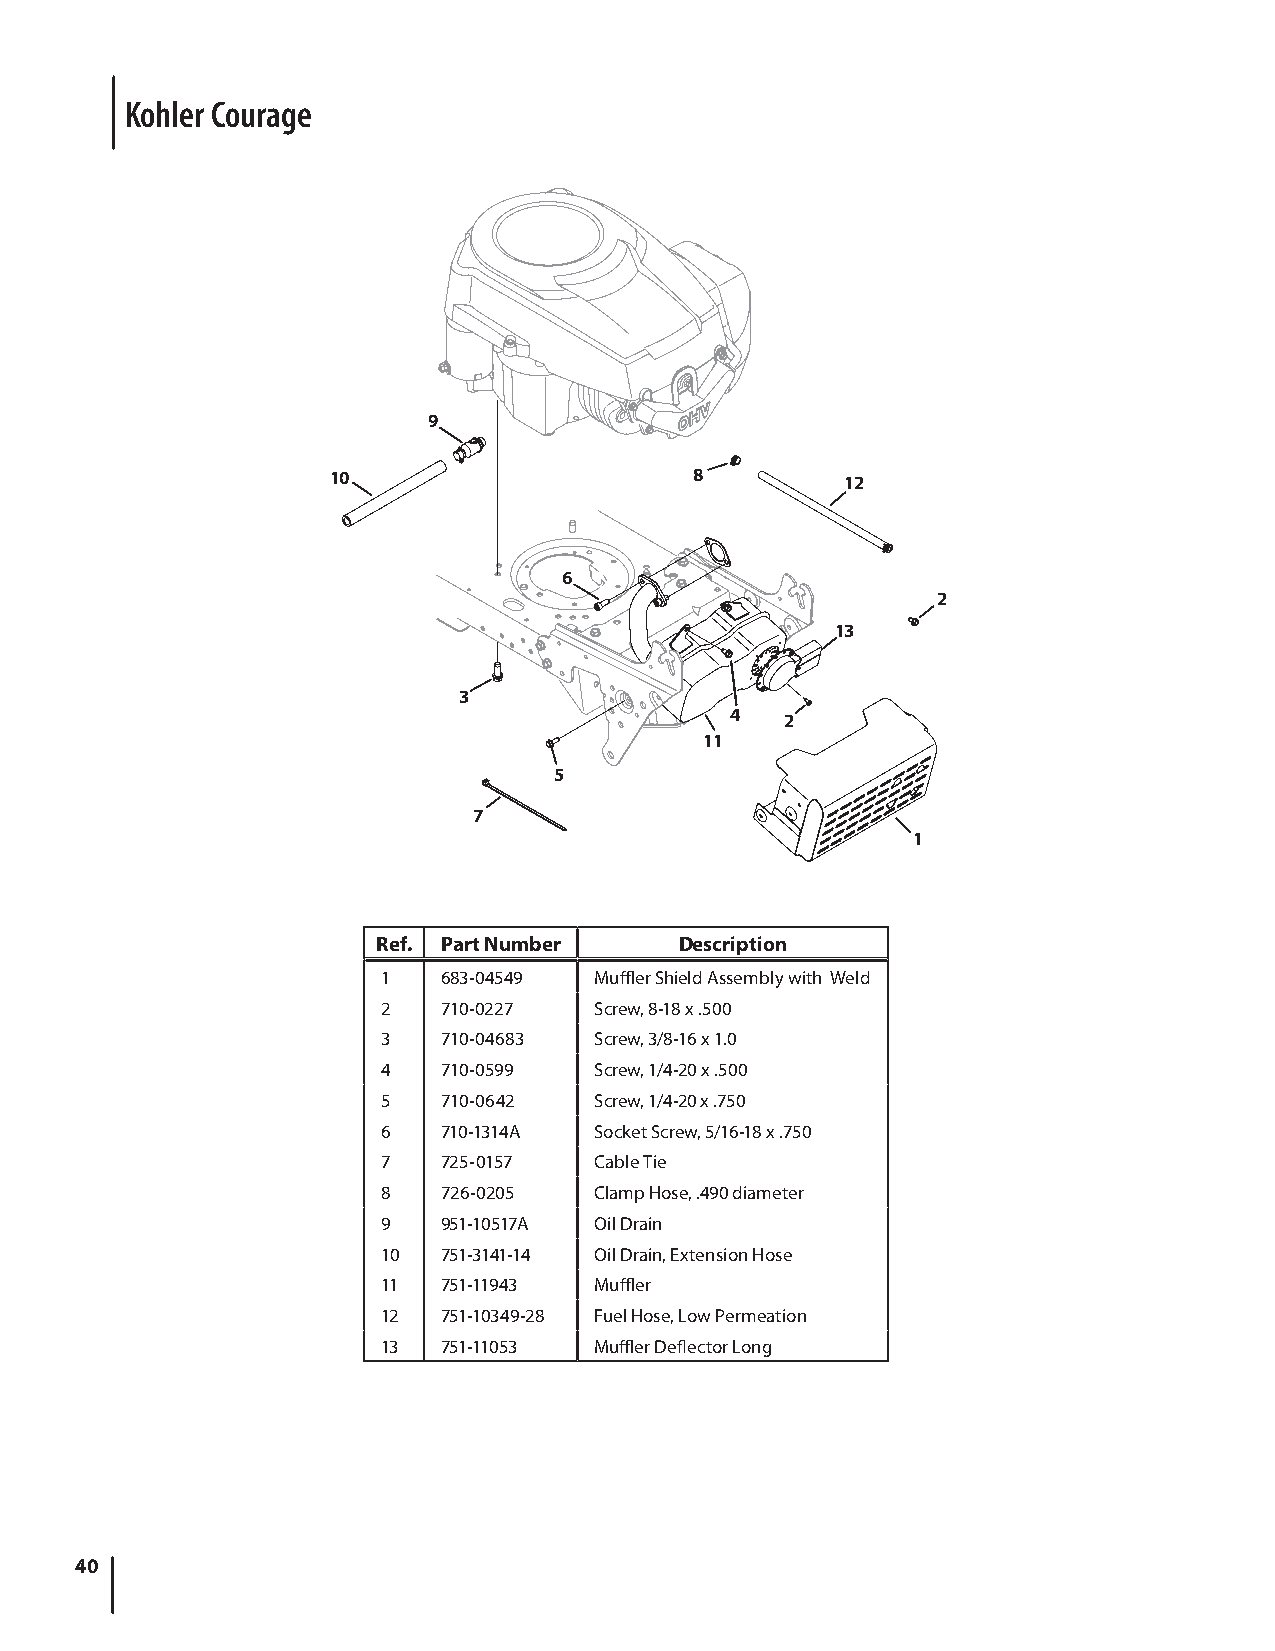
Kohler Courage
 9
 10                      8         12
 6
 2
 13
 3
 4   2
 11
 5
 7
 1
 Ref. Part Number    Description
 1   683-04549 Muffler Shield Assembly with Weld
 2   710-0227  Screw, 8-18 x .500
 3   710-04683 Screw, 3/8-16 x 1.0
 4   710-0599  Screw, 1/4-20 x .500
 5   710-0642  Screw, 1/4-20 x .750
 6   710-1314A Socket Screw, 5/16-18 x .750
 7   725-0157  Cable Tie
 8   726-0205  Clamp Hose, .490 diameter
 9   951-10517A Oil Drain
 10  751-3141-14 Oil Drain, Extension Hose
 11  751-11943 Muffler
 12  751-10349-28 Fuel Hose, Low Permeation
 13  751-11053 Muffler Deflector Long
 40